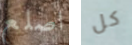
اصلع كل